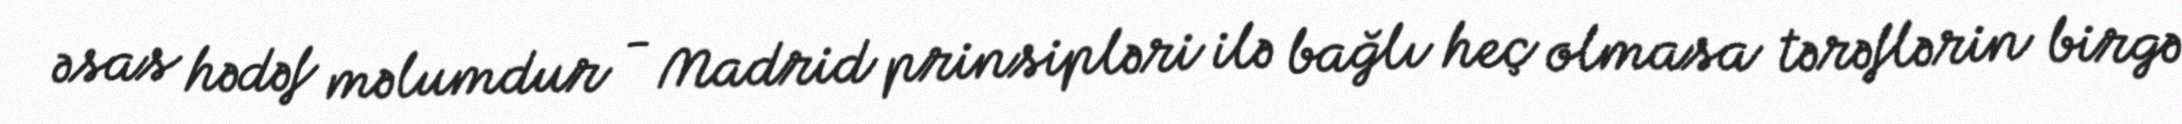
əsas hədəf məlumdur - Madrid prinsipləri ilə bağlı heç olmasa tərəflərin birgə